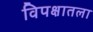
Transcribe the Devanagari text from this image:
विपक्षातला